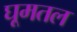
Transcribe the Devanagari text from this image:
घूमतल